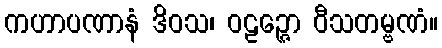
ကဟာပဏာနံ ဒိဝသ၊ ဝဠဉ္ဇော ဝီသတမ္ဗဏံ။